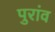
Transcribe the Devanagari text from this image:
पुरांव